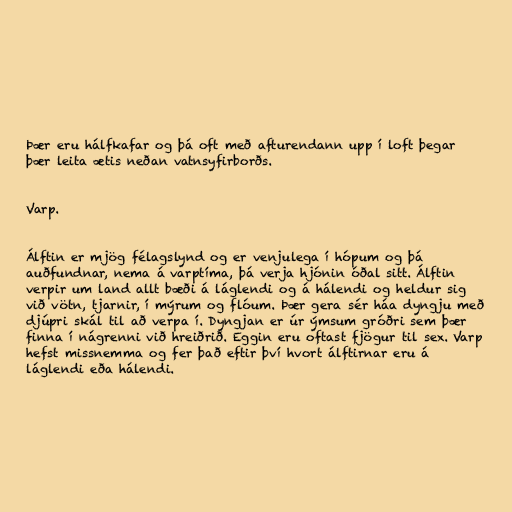
Þær eru hálfkafar og þá oft með afturendann upp í loft þegar
þær leita ætis neðan vatnsyfirborðs.

Varp.

Álftin er mjög félagslynd og er venjulega í hópum og þá
auðfundnar, nema á varptíma, þá verja hjónin óðal sitt. Álftin
verpir um land allt bæði á láglendi og á hálendi og heldur sig
við vötn, tjarnir, í mýrum og flóum. Þær gera sér háa dyngju með
djúpri skál til að verpa í. Dyngjan er úr ýmsum gróðri sem þær
finna í nágrenni við hreiðrið. Eggin eru oftast fjögur til sex. Varp
hefst missnemma og fer það eftir því hvort álftirnar eru á
láglendi eða hálendi.